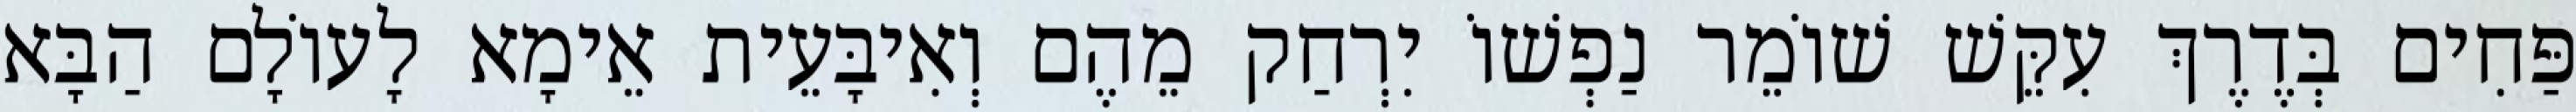
פַּחִים בְּדֶרֶךְ עִקֵּשׁ שׁוֹמֵר נַפְשׁוֹ יִרְחַק מֵהֶם וְאִיבָּעֵית אֵימָא לָעוֹלָם הַבָּא